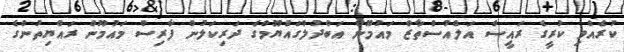
ކުރެއްވި ކުރީގެ ރައީސް އަލްއުސްތާޒް މައުމޫން އަބްދުލްގައްޔޫމްގެ ދަރިކަލުން ފާރިސް މައުމޫން ރައްޔިތުންގެ